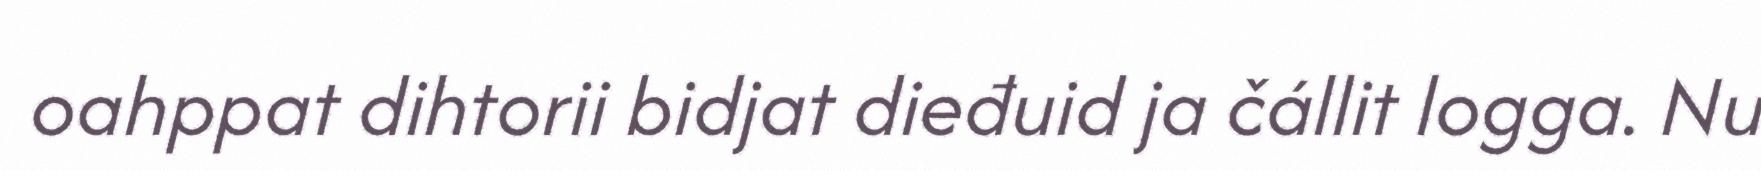
oahppat dihtorii bidjat dieđuid ja čállit logga. Nu